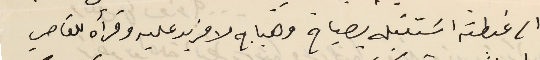
الى غبطته اسَتقبله بصياح وهياج لا مزيد عليه وقرأه للقاصي